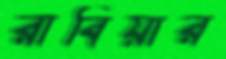
রাবিয়ার